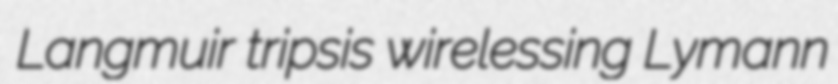
Langmuir tripsis wirelessing Lymann